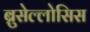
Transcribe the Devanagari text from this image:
ब्रुसेल्लोसिस